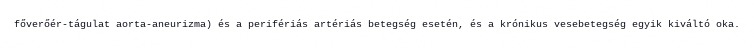
főverőér-tágulat aorta-aneurizma) és a perifériás artériás betegség esetén, és a krónikus vesebetegség egyik kiváltó oka.